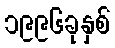
၁၉၉၆ခုနှစ်